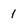
Character: 1